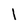
Character: 1